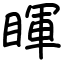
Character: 睴